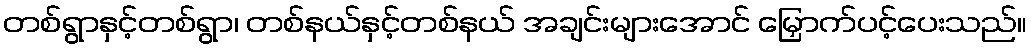
တစ်ရွာနှင့်တစ်ရွာ၊ တစ်နယ်နှင့်တစ်နယ် အချင်းများအောင် မြှောက်ပင့်ပေးသည်။